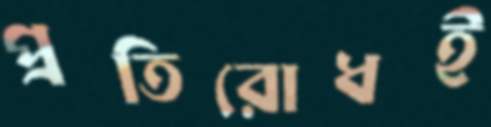
প্রতিরোধই